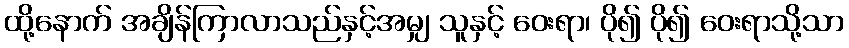
ထို့နောက် အချိန်ကြာလာသည်နှင့်အမျှ သူနှင့် ဝေးရာ၊ ပို၍ ပို၍ ဝေးရာသို့သာ